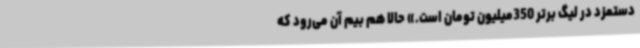
دستمزد در لیگ برتر 350‌میلیون تومان است.» حالا هم بیم آن می‌رود که